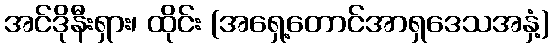
အင်ဒိုနီးရှား၊ ထိုင်း (အရှေ့တောင်အာရှဒေသအနှံ့)